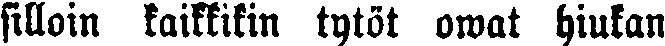
silloin kaikkikin tytöt owat hiukan